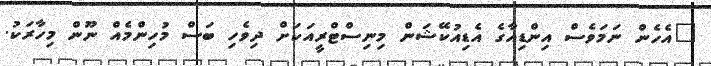
"އެހެން ނަމަވެސް އިންޑިއާގެ އެޑިއުކޭޝަން މިނިސްޓްރީއަކަށް ދިވެހި ބަސް މުހިންމެއް ނޫން މިހާރަކު.